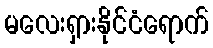
မလေးရှားနိုင်ငံရောက်